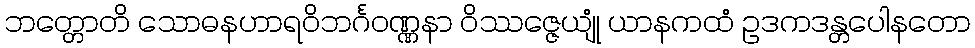
ဘတ္တောတိ သောဓနဟာရဝိဘင်္ဂဝဏ္ဏနာ ဝိဿဇ္ဇေယျုံ ယာနကထံ ဥဒကဒန္တပေါနတော